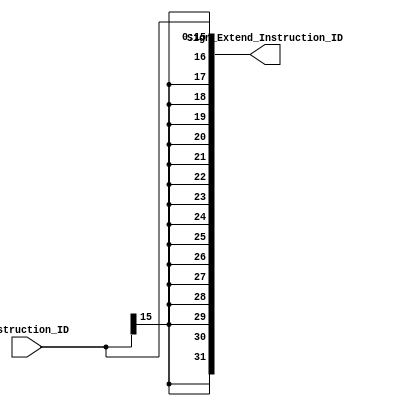
// ID_Sign_Extension sign extend the immediate part of Instruction_ID

module ID_Sign_Extension(
		    input [15:0] Instruction_ID,
		    output [31:0] Sign_Extend_Instruction_ID
		    );

	assign Sign_Extend_Instruction_ID = {{16{Instruction_ID[15]}},Instruction_ID[15:0]};

endmodule // ID_Sign_Extension